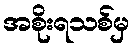
အစိုးရသစ်မှ